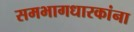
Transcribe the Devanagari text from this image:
समभागधारकांना